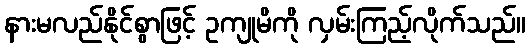
နားမလည်နိုင်စွာဖြင့် ဥကျုမိကို လှမ်းကြည့်လိုက်သည်။